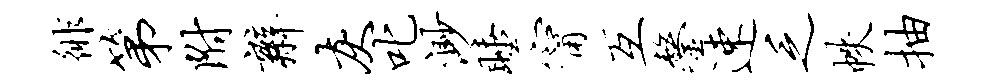
徘第附辫灰叱渺睡甯互鏊速乏帙抽